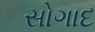
સોગાદ